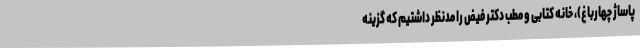
پاساژ چهارباغ)، خانه کتابی و مطب دکتر فیض را مدنظر داشتیم که گزینه